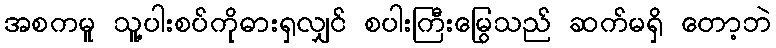
အစကမူ သူ့ပါးစပ်ကိုဓားရှလျှင် စပါးကြီးမြွေသည် ဆက်မရှိ တော့ဘဲ